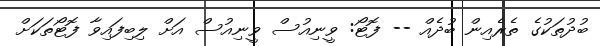
ބުދުތަކުގެ ތެރެއިން ބުދެއް -- ފޮޓޯ: ވީނިއުސް ވީނިއުސް އަށް ލިބިފައިވާ ފޮޓޯތަކަށް